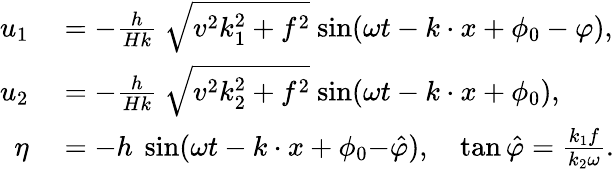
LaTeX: \begin{array}{rl}{u_{1}}&{{}={-}\frac{h}{Hk}\ {\sqrt{v^{2}k_{1}^{2}+f^{2}}}\ {\sin}(\omega t-k\cdot x+\phi_{0}-\varphi),}\\ {u_{2}}&{{}={-}\frac{h}{Hk}\ {\sqrt{v^{2}k_{2}^{2}+f^{2}}}\ {\sin}(\omega t-k\cdot x+\phi_{0}),}\\ {\eta}&{{}=-h\ \sin(\omega t-k\cdot x+\phi_{0}{-}\hat{\varphi}),\quad\tan\hat{\varphi}=\frac{k_{1}f}{k_{2}\omega}.}\end{array}